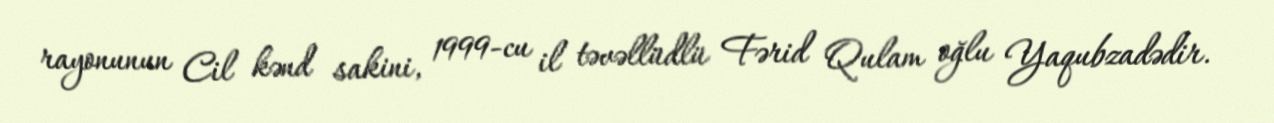
rayonunun Cil kənd sakini, 1999-cu il təvəllüdlü Fərid Qulam oğlu Yaqubzadədir.